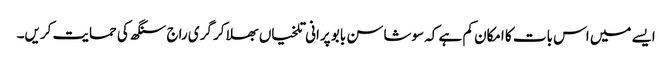
ایسے میں اس بات کا امکان کم ہے کہ سوشاسن بابو پرانی تلخیاں بھلا کر گری راج سنگھ کی حمایت کریں۔